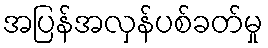
အပြန်အလှန်ပစ်ခတ်မှု